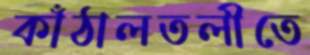
কাঁঠালতলীতে